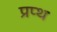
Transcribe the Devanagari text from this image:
प्रप्थ